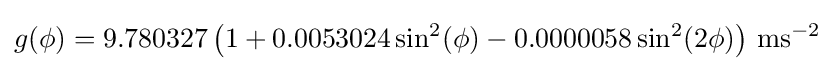
g(\phi )=9.780327\left(1+0.0053024\sin ^{2}(\phi )-0.0000058\sin ^{2}(2\phi )\right)\,\mathrm {ms} ^{-2}